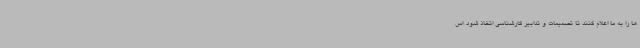
ها را به ما اعلام کنند تا تصمیمات و تدابیر کارشناسی اتخاذ شود. اس